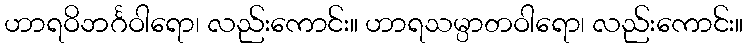
ဟာရဝိဘင်္ဂဝါရော၊ လည်းကောင်း။ ဟာရသမ္ပာတဝါရော၊ လည်းကောင်း။